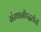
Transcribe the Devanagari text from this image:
संस्थानीपद्धतीची